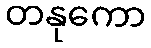
တနုကော